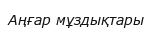
Аңғар мұздықтары